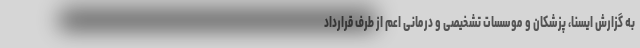
به گزارش ایسنا، پزشکان و موسسات تشخیصی و درمانی اعم از طرف قرارداد